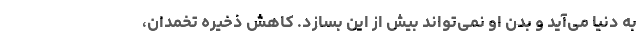
به دنیا می‌آید و بدن او نمی‌تواند بیش از این بسازد. کاهش ذخیره تخمدان،